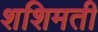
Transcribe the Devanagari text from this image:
शशिमती